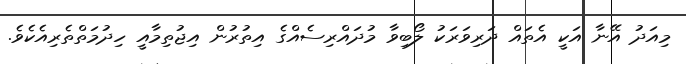
މިއަދު އޭނާ އަކީ އެތައް ދަރިވަރަކު ލޯބިވާ މުދައްރިސެއްގެ އިތުރުން އިޖުތިމާއީ ހިދުމަތްތެރިއެކެވެ.